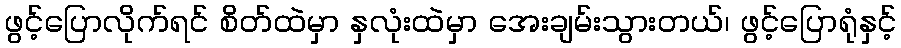
ဖွင့်ပြောလိုက်ရင် စိတ်ထဲမှာ နှလုံးထဲမှာ အေးချမ်းသွားတယ်၊ ဖွင့်ပြောရုံနှင့်